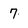
Character: 7